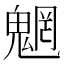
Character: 魍